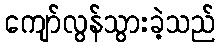
ကျော်လွန်သွားခဲ့သည်